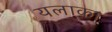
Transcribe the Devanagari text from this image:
यलाका